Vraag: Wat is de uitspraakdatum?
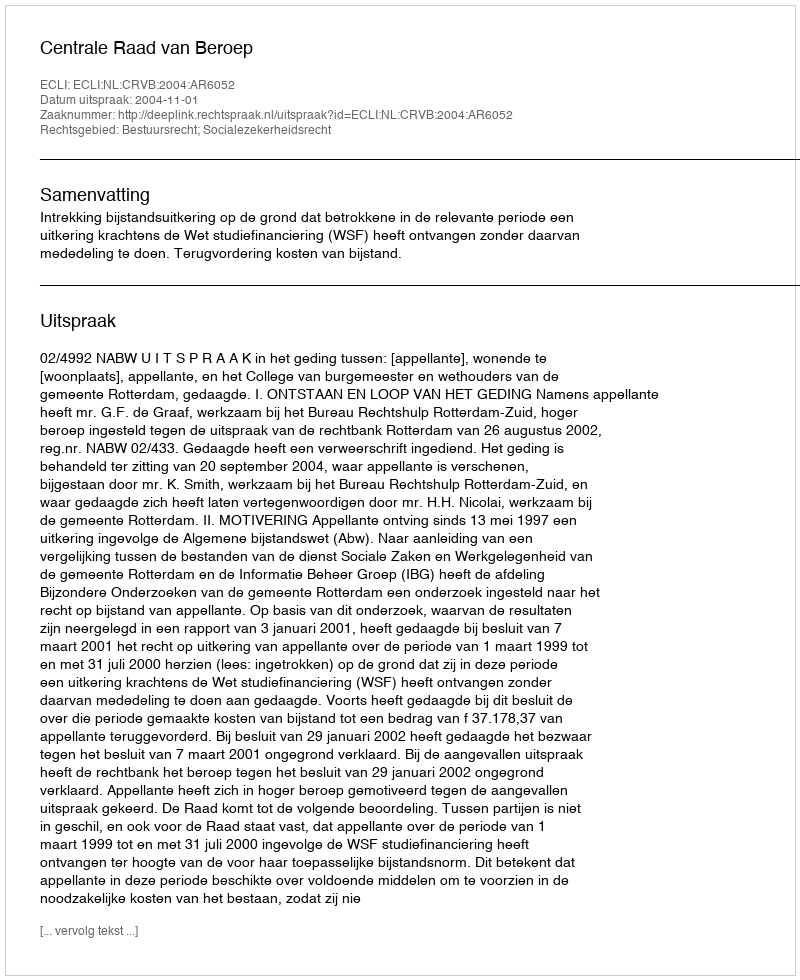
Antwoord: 2004-11-01